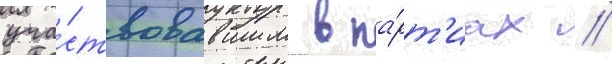
уча́ствовавшим в па́рт'иах /